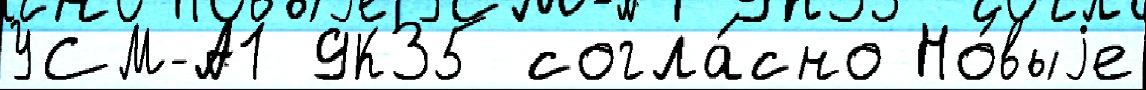
УСМ-А1 9К35 согла́сно Но́выjе